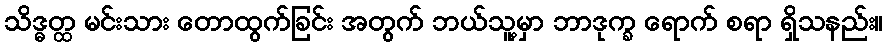
သိဒ္ဓတ္ထ မင်းသား တောထွက်ခြင်း အတွက် ဘယ်သူ့မှာ ဘာဒုက္ခ ရောက် စရာ ရှိသနည်း။